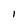
Character: I